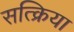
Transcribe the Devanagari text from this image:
सत्क्रिया